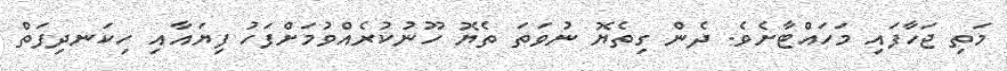
މަތި ޖަހާފައި މަހައްޓާށެވެ. ދެން ގިތެޔޮ ނުވަތަ ތެޔޮ ހޫނުކުރެއްވުމަށްފަހު ފިޔައާއި ހިކަނދިފަތް